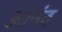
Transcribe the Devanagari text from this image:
आंनंद